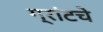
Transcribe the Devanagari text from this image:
ग्रांटचे